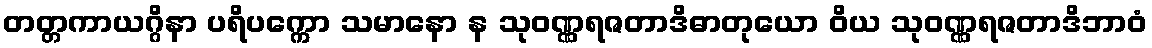
တတ္တကာယဂ္ဂိနာ ပရိပက္ကော သမာနော န သုဝဏ္ဏရဇတာဒိဓာတုယော ဝိယ သုဝဏ္ဏရဇတာဒိဘာဝံ